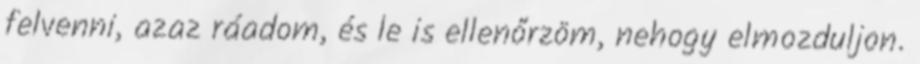
felvenni, azaz ráadom, és le is ellenőrzöm, nehogy elmozduljon.